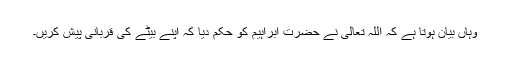
وہاں بیان ہوتا ہے کہ اللہ تعالیٰ نے حضرت ابراہیم کو حکم دیا کہ اپنے بیٹے کی قربانی پیش کریں۔